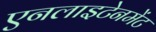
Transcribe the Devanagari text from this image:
एनलाइटेनमेंट